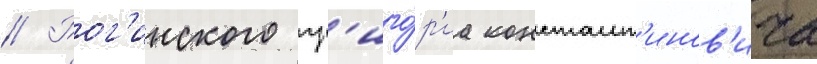
// Рог'инского гр'иго́р'иа констант'инов'ича